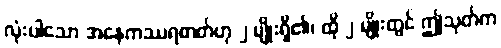
လုံးပါသော အနေကဿရဓာတ်ဟု ၂ မျိုးရှိ၏၊ ထို ၂ မျိုးတွင် ဤသုတ်က